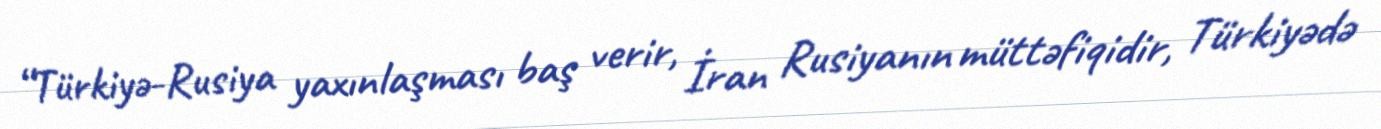
“Türkiyə-Rusiya yaxınlaşması baş verir, İran Rusiyanın müttəfiqidir, Türkiyədə